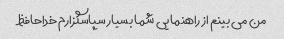
من می بینم از راهنمایی شما بسیار سپاسگزارم خداحافظ